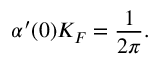
\alpha ^ { \prime } ( 0 ) K _ { F } = \frac { 1 } { 2 \pi } .